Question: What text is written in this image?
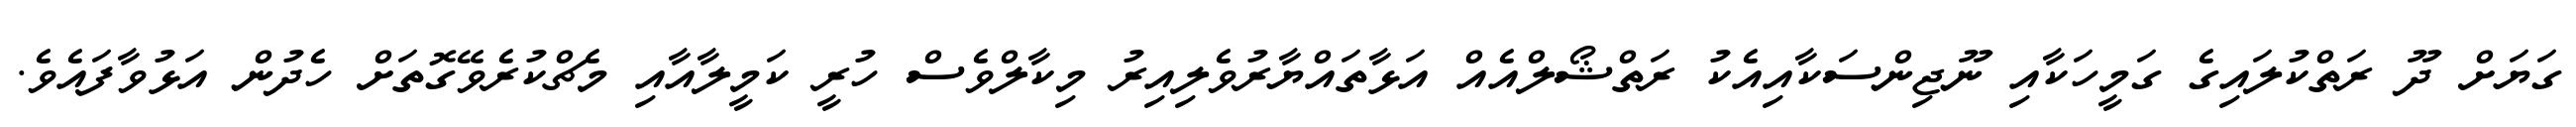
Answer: ގަޔަށް ދޫ ރަތްކުލައިގެ ގަމީހަކާއި ނޫޖިންސަކާއިއެކު ރަތްޝޯލްއެއް އަޅާތައްޔާރުވެލިއިރު މިކާލްވެސް ހުރީ ކަމީލާއާއި މެޗްކުރެވޭގޮތަށް ހެދުން އަޅުވާފައެވެ.